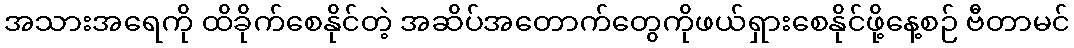
အသားအရေကို ထိခိုက်စေနိုင်တဲ့ အဆိပ်အတောက်တွေကိုဖယ်ရှားစေနိုင်ဖို့နေ့စဉ် ဗီတာမင်